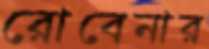
রোবেনার